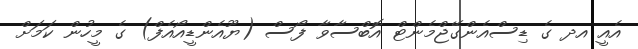
އެއީ އދ ގެ ޑިސްއެންގޭޖްމެންޓް އޮބްސާވާ ފޯސް (ޔޫއެންޑީއޯއެފް) ގެ މީހުން ކަމަށް